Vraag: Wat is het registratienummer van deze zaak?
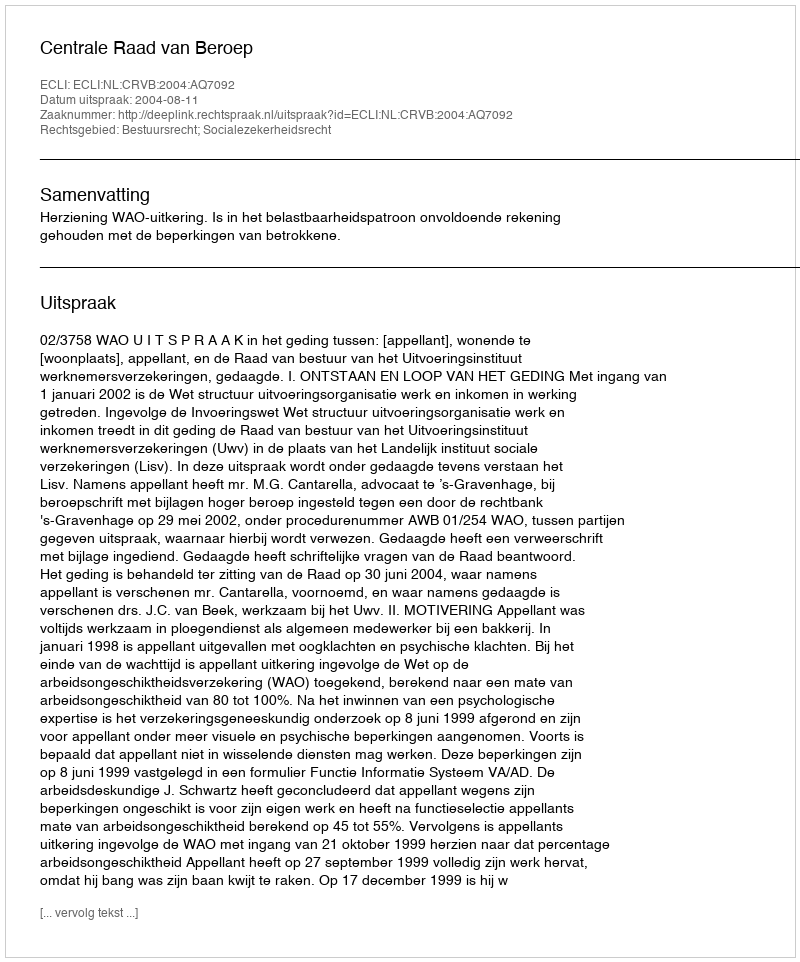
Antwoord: http://deeplink.rechtspraak.nl/uitspraak?id=ECLI:NL:CRVB:2004:AQ7092